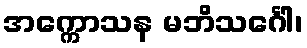
အက္ကောသန မဘိသင်္ဂေါ၊